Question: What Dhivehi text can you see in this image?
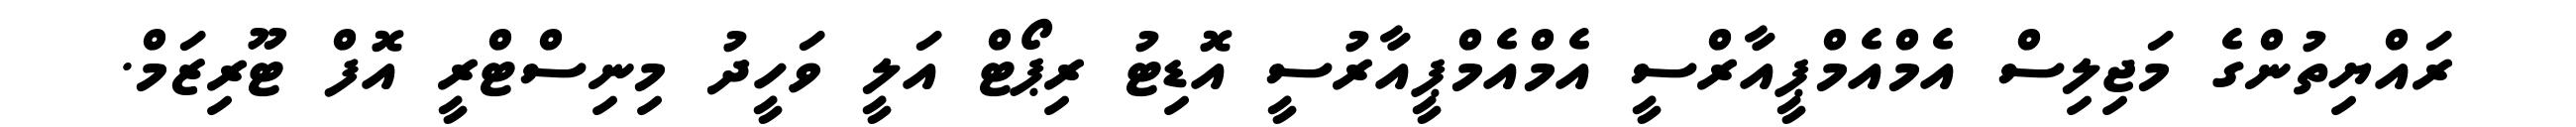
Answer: ރައްޔިތުންގެ މަޖިލިސް އެމްއެމްޕީއާރްސީ އެމްއެމްޕީއާރުސީ އޮޑިޓު ރިޕޯޓް އަލީ ވަހީދު މިނިސްޓްރީ އޮފް ޓޫރިޒަމް.